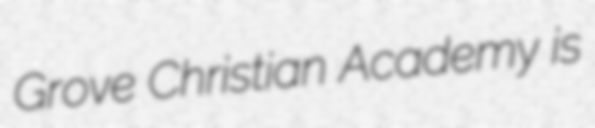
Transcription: Grove Christian Academy is